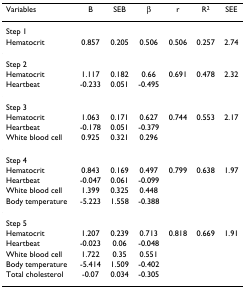
| Variables | B | SEB | β | r | R2 | SEE |
 | --- | --- | --- | --- | --- | --- | --- |
 | Step 1 |  |  |  |  |  |  |
 | Hematocrit | 0.857 | 0.205 | 0.506 | 0.506 | 0.257 | 2.74 |
 | Step 2 |  |  |  |  |  |  |
 | Hematocrit | 1.117 | 0.182 | 0.66 | 0.691 | 0.478 | 2.32 |
 | Heartbeat | -0.233 | 0.051 | -0.495 |  |  |  |
 | Step 3 |  |  |  |  |  |  |
 | Hematocrit | 1.063 | 0.171 | 0.627 | 0.744 | 0.553 | 2.17 |
 | Heartbeat | -0.178 | 0.051 | -0.379 |  |  |  |
 | White blood cell | 0.925 | 0.321 | 0.296 |  |  |  |
 | Step 4 |  |  |  |  |  |  |
 | Hematocrit | 0.843 | 0.169 | 0.497 | 0.799 | 0.638 | 1.97 |
 | Heartbeat | -0.047 | 0.061 | -0.099 |  |  |  |
 | White blood cell | 1.399 | 0.325 | 0.448 |  |  |  |
 | Body temperature | -5.223 | 1.558 | -0.388 |  |  |  |
 | Step 5 |  |  |  |  |  |  |
 | Hematocrit | 1.207 | 0.239 | 0.713 | 0.818 | 0.669 | 1.91 |
 | Heartbeat | -0.023 | 0.06 | -0.048 |  |  |  |
 | White blood cell | 1.722 | 0.35 | 0.551 |  |  |  |
 | Body temperature | -5.414 | 1.509 | -0.402 |  |  |  |
 | Total cholesterol | -0.07 | 0.034 | -0.305 |  |  |  |